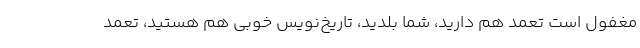
مغفول است تعمد هم دارید، شما بلدید، تاریخ‌نویس خوبی هم هستید، تعمد